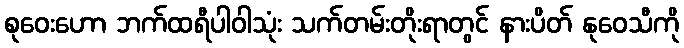
စုဝေးဟော ဘက်ထရီပါဝါသုံး သက်တမ်းတိုးရာတွင် နားပိတ် နုဝေသီကို